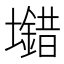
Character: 𡓠